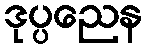
ဒုပ္ပညေန